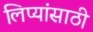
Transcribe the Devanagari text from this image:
लिप्यांसाठी